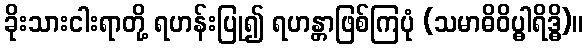
ခိုးသားငါးရာတို့ ရဟန်းပြု၍ ရဟန္တာဖြစ်ကြပုံ (သမာဓိဝိပ္ဓါရိဒ္ဓိ)။